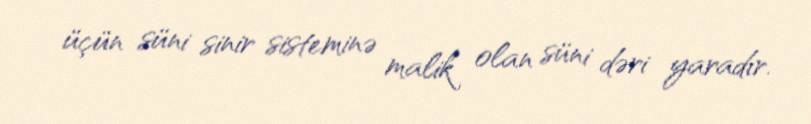
üçün süni sinir sisteminə malik olan süni dəri yaradır.